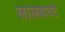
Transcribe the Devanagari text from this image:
लालबावटे